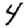
Digit: 4